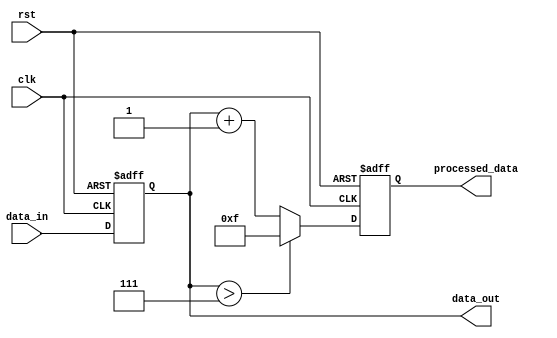
module behavioral_example (
    input wire clk,
    input wire rst,
    input wire [3:0] data_in,
    output reg [3:0] data_out,
    output reg [3:0] processed_data
);

    // Task to increment processed data by 1
    task increment_data;
        input [3:0] value;
        output [3:0] result;
        begin
            result = value + 1; // Perform increment operation
        end
    endtask

    // Task to conditionally process data
    task process_data;
        input [3:0] input_data;
        output reg [3:0] output_data;
        begin
            if (input_data > 4'b0111) begin
                output_data <= 4'b1111; // Saturate to 15
            end else begin
                increment_data(input_data, output_data); // Call increment task
            end
        end
    endtask
    
    // Sequential block to handle state updates
    always @(posedge clk or posedge rst) begin
        if (rst) begin
            data_out <= 4'b0000;
            processed_data <= 4'b0000;
        end else begin
            data_out <= data_in; // Non-blocking assignment for input
            process_data(data_out, processed_data); // Call the processing task
        end
    end

endmodule